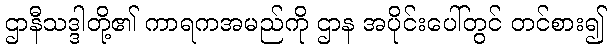
ဌာနီသဒ္ဒါတို့၏ ကာရကအမည်ကို ဌာန အပိုင်းပေါ်တွင် တင်စား၍